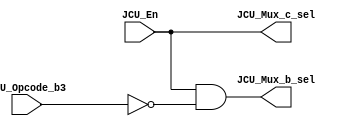
/*#########################################################################
//# Jump control unit 
//#########################################################################
//#
//# Copyright (C) 2021 Jose Maria Jaramillo Hoyos
//# 
//# This program is free software: you can redistribute it and/or modify
//# it under the terms of the GNU General Public License as published by
//# the Free Software Foundation, either version 3 of the License, or
//# (at your option) any later version.
//#
//# This program is distributed in the hope that it will be useful,
//# but WITHOUT ANY WARRANTY; without even the implied warranty of
//# MERCHANTABILITY or FITNESS FOR A PARTICULAR PURPOSE.  See the
//# GNU General Public License for more details.
//#
//# You should have received a copy of the GNU General Public License
//# along with this program.  If not, see <https://www.gnu.org/licenses/>.
//#
//########################################################################*/

module JCU(

//// inputs ////
JCU_En,
JCU_Opcode_b3,

//// outputs ////
JCU_Mux_b_sel,
JCU_Mux_c_sel

);

//============================================================
//  PORT DECLARATIONS
//============================================================
input  JCU_En;
input  JCU_Opcode_b3;
output JCU_Mux_b_sel;
output JCU_Mux_c_sel;

//============================================================
// COMBINATIONAL LOGIC
//============================================================

assign JCU_Mux_b_sel = JCU_En&(~JCU_Opcode_b3);
assign JCU_Mux_c_sel = JCU_En;

endmodule